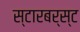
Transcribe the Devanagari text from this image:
स्टारबर्स्ट